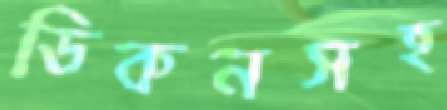
ডিকনসহ